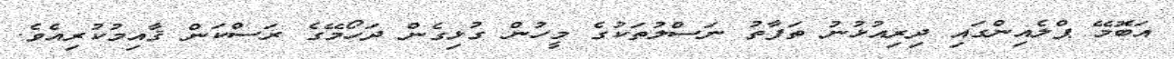
އަބޮމޭ ޕްލެއިންގައި ދިރިއުޅުނު ތަފާތު ނަސްލުތަކުގެ މީހުން ގުޅިގެން ދަހޯމޭގެ ރަސްކަން ޤާއިމުކުރިއެވެ.